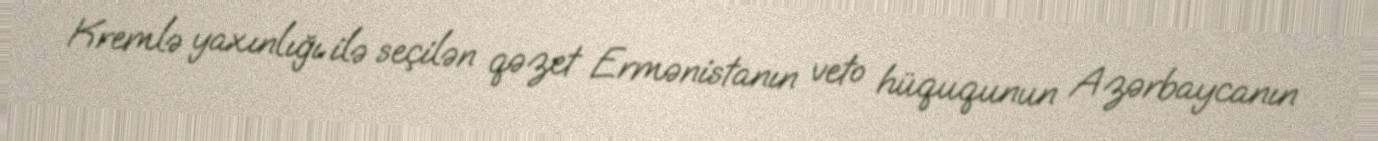
Kremlə yaxınlığı ilə seçilən qəzet Ermənistanın veto hüququnun Azərbaycanın